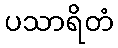
ပသာရိတံ